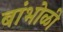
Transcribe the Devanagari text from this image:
बांभोळी